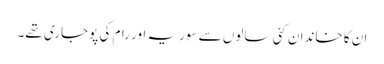
ان کا خاندان کئی سالوں سے سوریہ اور رام کی پوجاری تھے۔